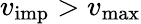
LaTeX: v_{\mathrm{imp}}>v_{\mathrm{max}}